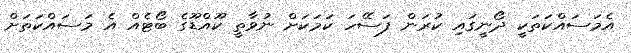
އެމަސައްކަތަކީ ދޯނީގައި ކުރަން ފަސޭހަ ކަމަކަށް ނުވާތީ ކޫއްޑޫގެ ބޯޓެއް އެ މަސައްކަތަށް